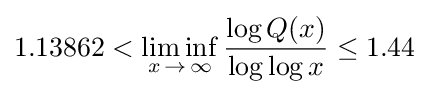
1.13862<\liminf _{x\,\to \,\infty }{\frac {\log Q(x)}{\log \log x}}\leq 1.44\